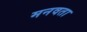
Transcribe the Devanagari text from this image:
मनवता